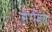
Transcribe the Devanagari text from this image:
सेरडिया